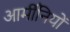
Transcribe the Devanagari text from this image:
आर्मीनियों